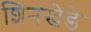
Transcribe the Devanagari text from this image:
शिनखेडे